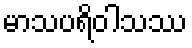
မာသပရိဝါသဿ